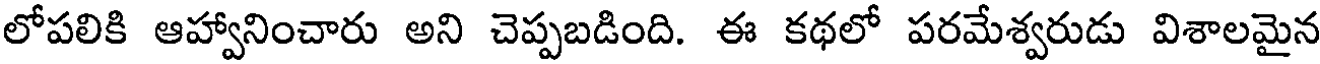
లోపలికి ఆహ్వానించారు అని చెప్పబడింది. ఈ కథలో పరమేశ్వరుడు విశాలమైన